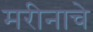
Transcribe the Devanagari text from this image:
मरीनाचे